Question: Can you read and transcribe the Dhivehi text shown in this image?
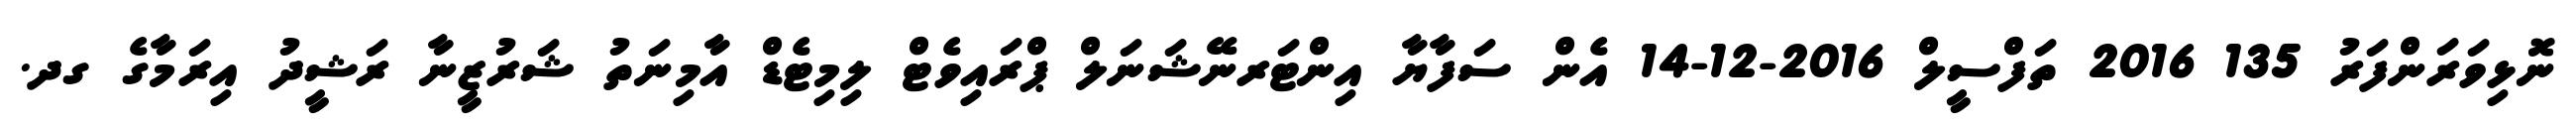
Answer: ނޮޅިވަރަންފަރު 135 2016 ތަފްސީލް 2016-12-14 އެން ސަފާޔާ އިންޓަރނޭޝަނަލް ޕްރައިވެޓް ލިމިޓެޑް އާމިނަތު ޝަރުޒީނާ ރަޝީދު އިރަމާގެ ގދ.